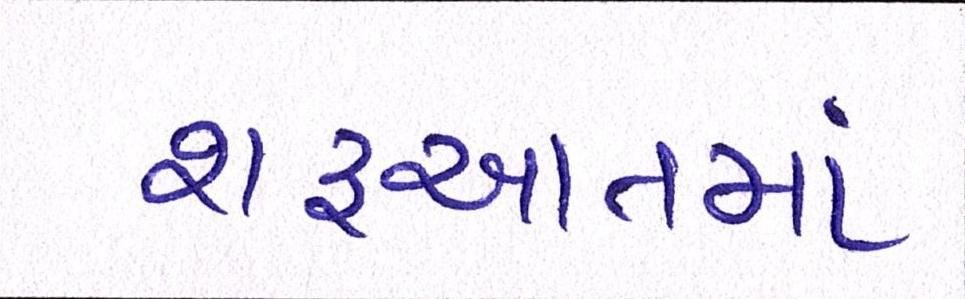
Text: શઆતમાં